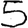
Digit: 5